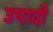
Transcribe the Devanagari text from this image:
उपादी